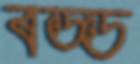
বড্ড